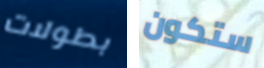
بطولات ستكون